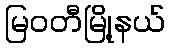
မြဝတီမြို့နယ်